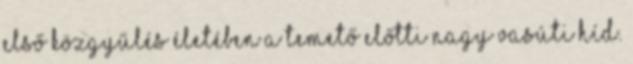
első közgyűlés életében a temető előtti nagy vasúti híd.